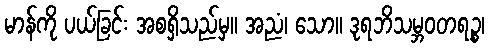
မာန်ကို ပယ်ခြင်း အစရှိသည်မှ။ အညံ၊ သော။ ဒုရဘိသမ္ဘဝတရဉ္စ၊